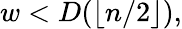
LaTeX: w<D(\lfloor n/2\rfloor),